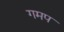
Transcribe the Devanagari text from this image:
गमप